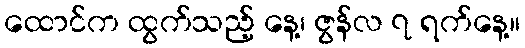
ထောင်က ထွက်သည့် နေ့၊ ဇွန်လ ၇ ရက်နေ့။